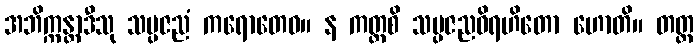
အဘိက္ကန္တာဒီသု သမ္ပဇညံ ကရောတေဝ။ န ကတ္ထစိ သမ္ပဇညဝိရဟိတော ဟောတိ။ တတ္ထ